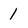
Character: 1